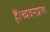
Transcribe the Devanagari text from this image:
हैं।च्यवनप्राश